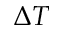
{ \Delta T }